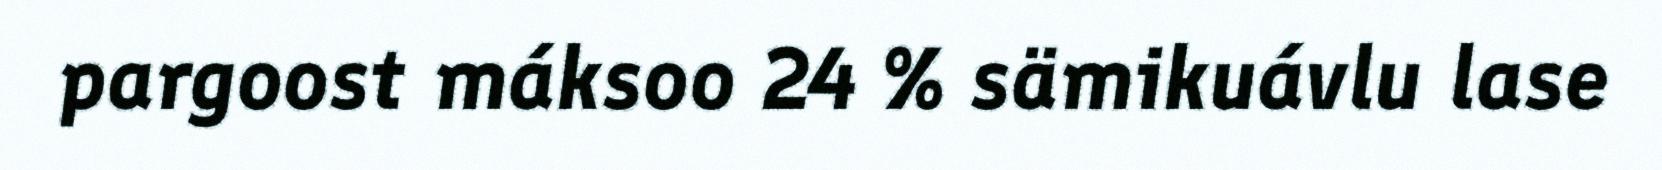
pargoost máksoo 24 % sämikuávlu lase